Leaving Certificate Examination, 1903
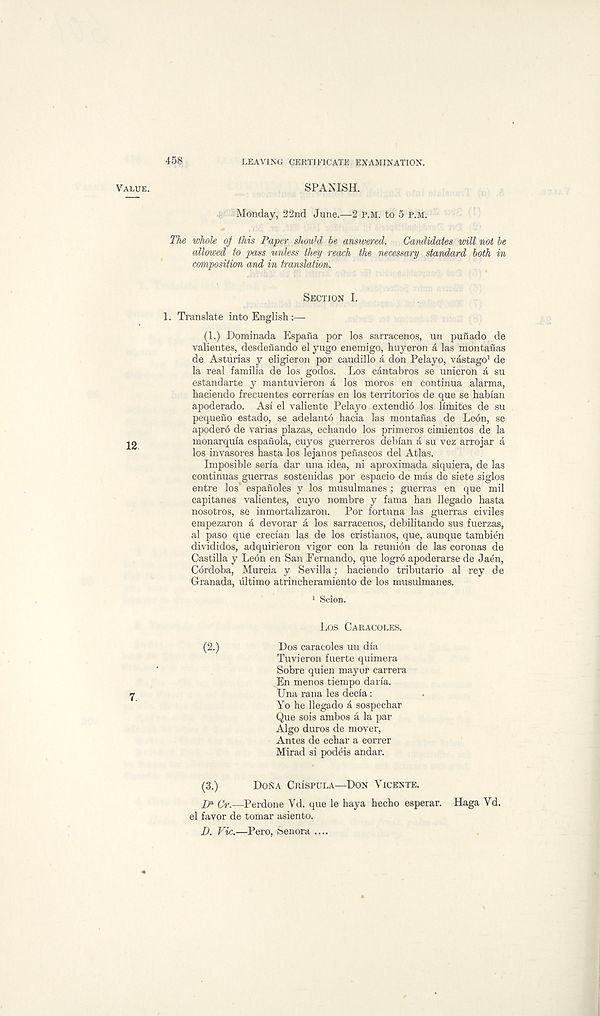
458
LEAVING CERTIFICATE EXAMINATION.
Value.
12
SPANISH.
Monday, 22nd June.—2 P.M. to 5 p.m.
The whole oj this Paper shouhi be answered. Candidates mil not be
allowed to pass unless they reach the necessary standard both in
composition and in translation.
Section I.
1. Translate into English :—
(1.) Dominada Espana por los sarracenos, un pufiado de
valientes, desdeiiando el yugo enemigo, huyeron a las montanas
de Asturias y eligieron por caudillo a don Pelayo, vastago 1 de
la real familia de los godos. Los cantabros se unieron a su
estandarte y mantuvieron d, los moros en continua alarma,
haciendo frecuentes correrlas en los territorios de que se hablan
apoderado. As! el valiente Pelayo extendib los limites de su
pequeno estado, se adelantb hacia las montanas de Leon, se
apoderb de varias plazas, echando los primeros cimientos de la
monarquia espanola, cuyos guerreros deblan a su vez arrojar a
los invasores hasta los lejanos penascos del Atlas.
Imposible seria dar una idea, ni aproximada siquiera, de las
continuas guerras sostenidas por espacio de mas de siete siglos
entre los espanoles y los musulmanes ; guerras en que mil
capitanes valientes, cuyo nombre y fama han llegado hasta
nosotros, se inmortalizaron. Por fortuna las guerras civiles
empezaron a devorar a los sarracenos, debilitando sus fuerzas,
al paso que creclan las de los cristianos, que, aunque tambien
divididos, adquirieron vigor con la reunion de las coronas de
Castilla y Leon en San Fernando, que logro apoderarse de Jaen,
Cbrdoba, Murcia y Sevilla; haciendo tributario al rey de
Granada, ultimo atrincheramiento de los musulmanes.
1 Scion.
Los Caracoles.
(2.)
Dos caracoles un dia
Tuvieron fuerte quimera
Sobre quien mayor carrera
En menos tiempo daria.
Una ran a les decla :
Yo he llegado a sospechar
Que sois ambos a la par
Algo duros de mover,
Antes de echar a correr
Mirad si podeis andar.
(3.)
Dona Crispula—Don Vicente.
IP Cr.—Perdone Yd. que le haya hecho esperar. Haga Vd.
el favor de tomar asiento.
D. Vic.—Pero, Senora ....